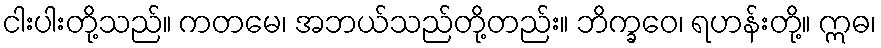
ငါးပါးတို့သည်။ ကတမေ၊ အဘယ်သည်တို့တည်း။ ဘိက္ခဝေ၊ ရဟန်းတို့။ ဣဓ၊